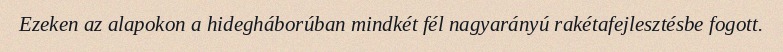
Ezeken az alapokon a hidegháborúban mindkét fél nagyarányú rakétafejlesztésbe fogott.